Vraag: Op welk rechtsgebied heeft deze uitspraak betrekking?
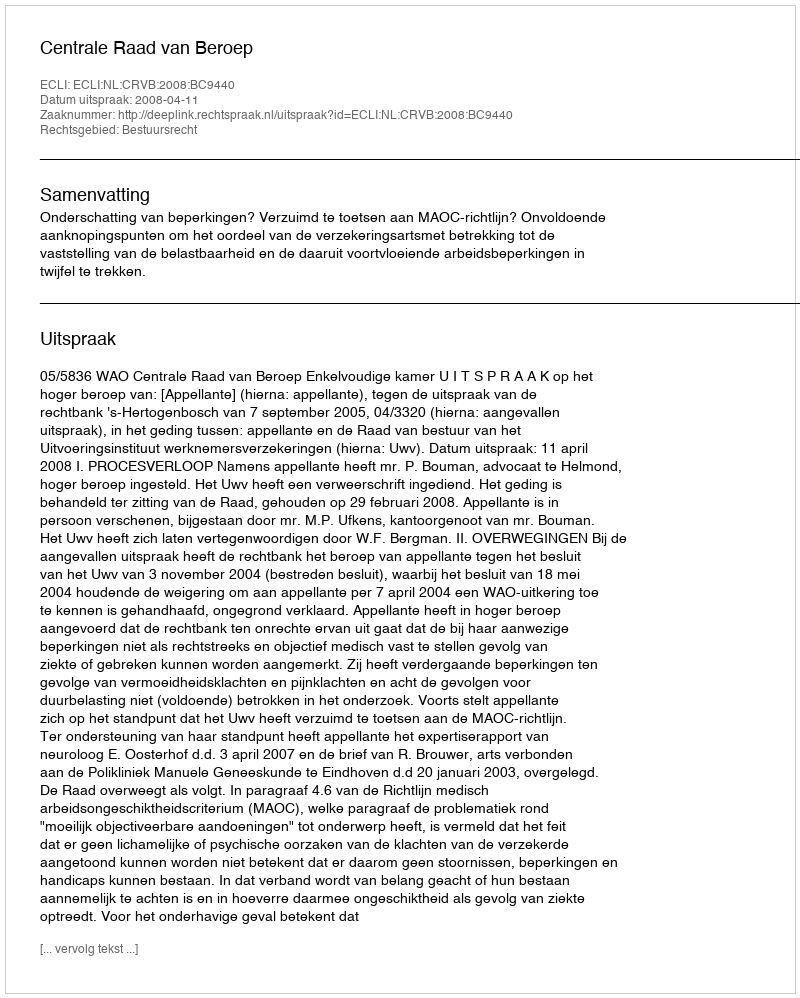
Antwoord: Bestuursrecht